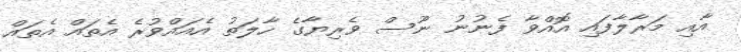
އާއި މަރާލާފައި އޮއްވާ ފެނުނު ނޫސް ވެރިޔާގެ ހާލަތު އެއައްވުރެ އެތައް އެތައް